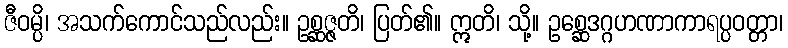
ဇီဝမ္ပိ၊ အသက်ကောင်သည်လည်း။ ဥစ္ဆဇ္ဇတိ၊ ပြတ်၏။ ဣတိ၊ သို့။ ဥစ္ဆေဒဂ္ဂဟဏာကာရပ္ပဝတ္တာ၊